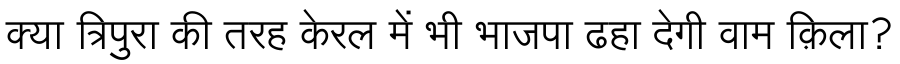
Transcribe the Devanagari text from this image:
क्या त्रिपुरा की तरह केरल में भी भाजपा ढहा देगी वाम क़िला?